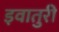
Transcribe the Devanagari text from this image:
इवातुरी